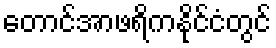
တောင်အာဖရိကနိုင်ငံတွင်